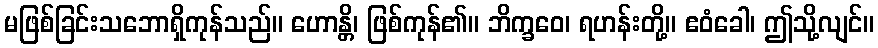
မဖြစ်ခြင်းသဘောရှိကုန်သည်။ ဟောန္တိ၊ ဖြစ်ကုန်၏။ ဘိက္ခဝေ၊ ရဟန်းတို့။ ဧဝံခေါ၊ ဤသို့လျင်။